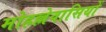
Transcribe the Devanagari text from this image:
मोहल्लेवासियों